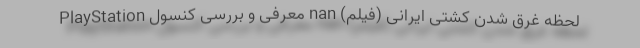
لحظه غرق شدن کشتی ایرانی (فیلم) nan معرفی و بررسی کنسول PlayStation